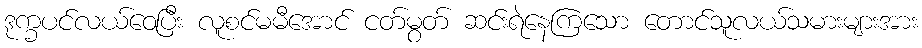
ဒုက္ခပင်လယ်ဝေပြီး လူစင်မမီအောင် ငတ်မွတ် ဆင်းရဲနေကြသော တောင်သူလယ်သမားများအား